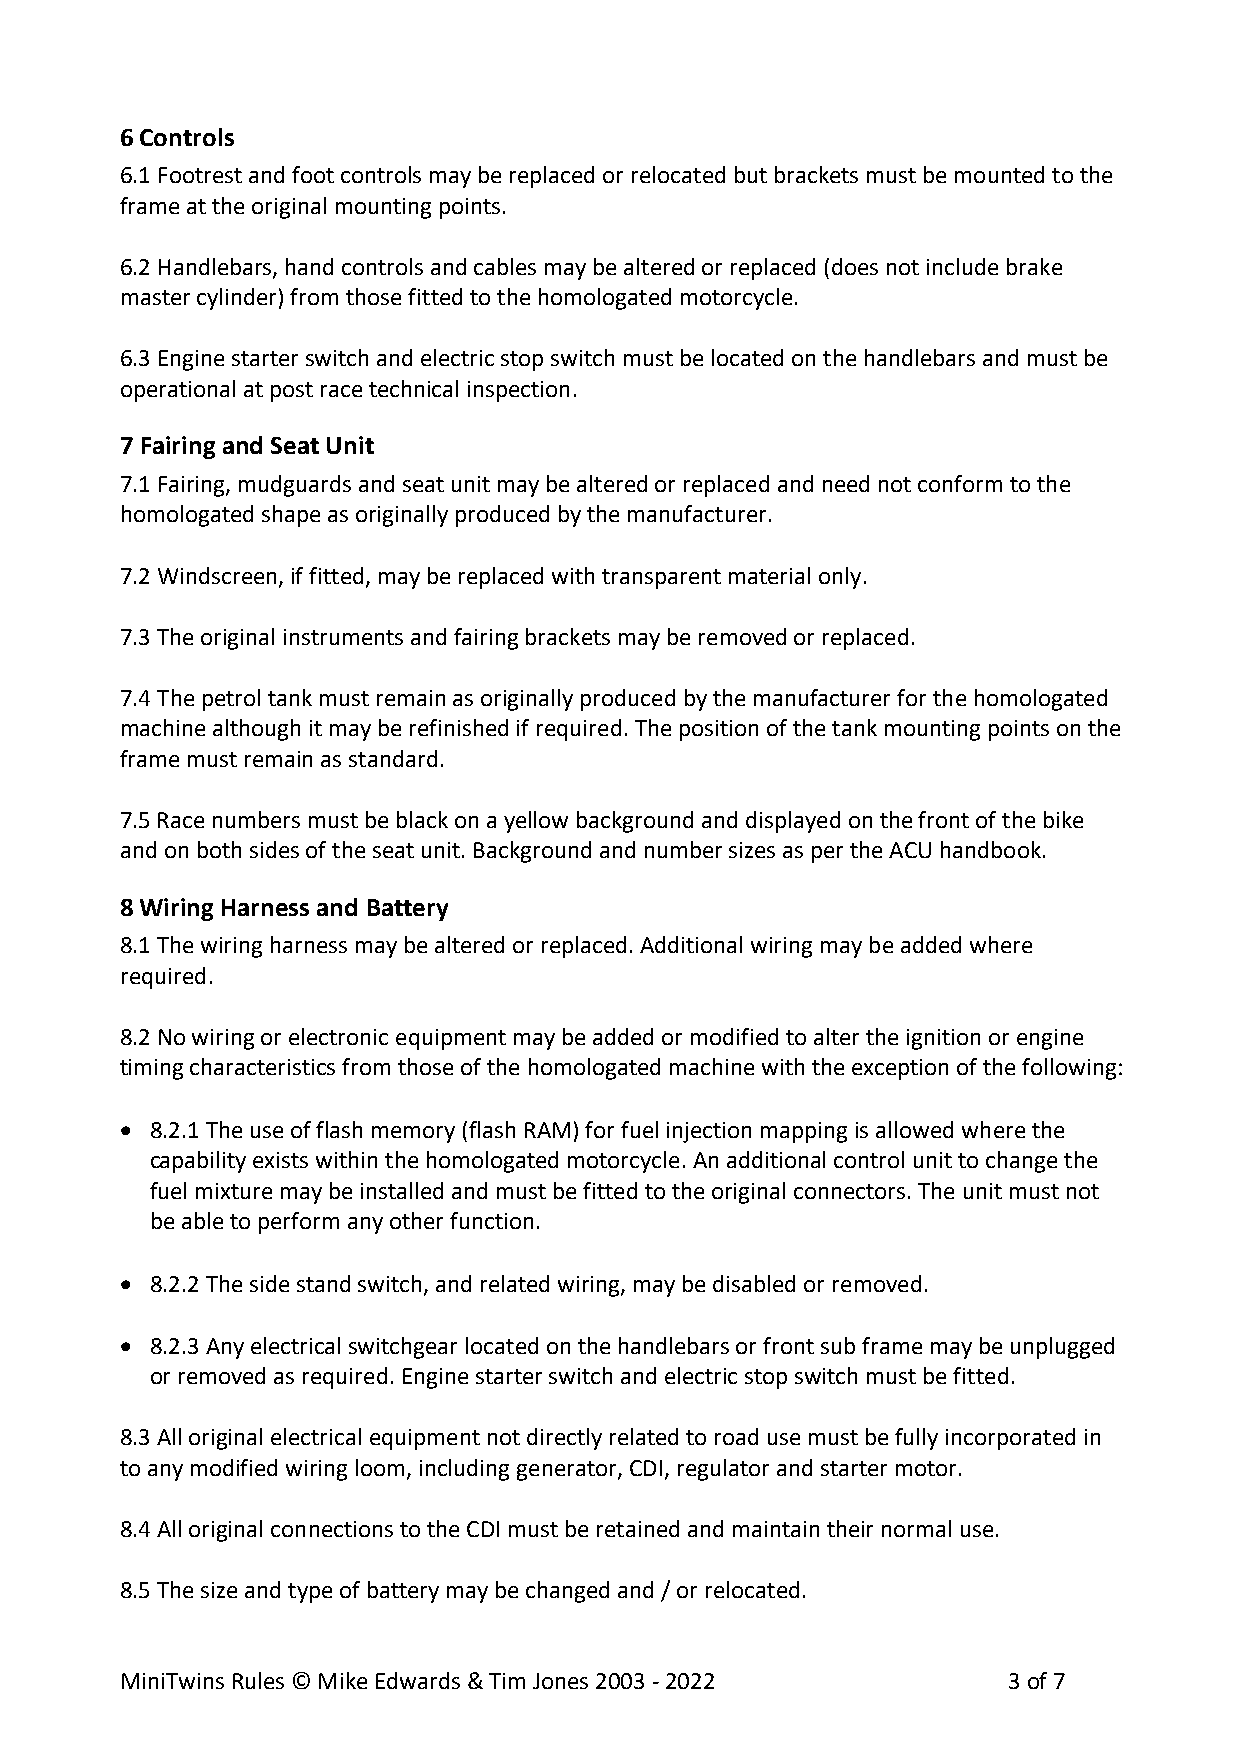
6 Controls
 6.1 Footrest and foot controls may be replaced or relocated but brackets must be mounted to the
 frame at the original mounting points.
 6.2 Handlebars, hand controls and cables may be altered or replaced (does not include brake
 master cylinder) from those fitted to the homologated motorcycle.
 6.3 Engine starter switch and electric stop switch must be located on the handlebars and must be
 operational at post race technical inspection.
 7 Fairing and Seat Unit
 7.1 Fairing, mudguards and seat unit may be altered or replaced and need not conform to the
 homologated shape as originally produced by the manufacturer.
 7.2 Windscreen, if fitted, may be replaced with transparent material only.
 7.3 The original instruments and fairing brackets may be removed or replaced.
 7.4 The petrol tank must remain as originally produced by the manufacturer for the homologated
 machine although it may be refinished if required. The position of the tank mounting points on the
 frame must remain as standard.
 7.5 Race numbers must be black on a yellow background and displayed on the front of the bike
 and on both sides of the seat unit. Background and number sizes as per the ACU handbook.
 8 Wiring Harness and Battery
 8.1 The wiring harness may be altered or replaced. Additional wiring may be added where
 required.
 8.2 No wiring or electronic equipment may be added or modified to alter the ignition or engine
 timing characteristics from those of the homologated machine with the exception of the following:
 • 8.2.1 The use of flash memory (flash RAM) for fuel injection mapping is allowed where the
 capability exists within the homologated motorcycle. An additional control unit to change the
 fuel mixture may be installed and must be fitted to the original connectors. The unit must not
 be able to perform any other function.
 • 8.2.2 The side stand switch, and related wiring, may be disabled or removed.
 • 8.2.3 Any electrical switchgear located on the handlebars or front sub frame may be unplugged
 or removed as required. Engine starter switch and electric stop switch must be fitted.
 8.3 All original electrical equipment not directly related to road use must be fully incorporated in
 to any modified wiring loom, including generator, CDI, regulator and starter motor.
 8.4 All original connections to the CDI must be retained and maintain their normal use.
 8.5 The size and type of battery may be changed and / or relocated.
 MiniTwins Rules © Mike Edwards & Tim Jones 2003 - 2022     3 of 7